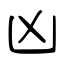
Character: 凶